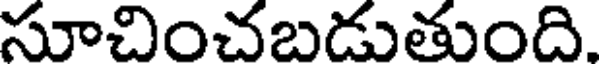
సూచించబడుతుంది.